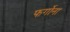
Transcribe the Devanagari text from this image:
फर्गोना